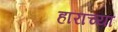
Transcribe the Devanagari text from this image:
हाराच्या